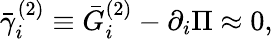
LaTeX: \bar{\gamma}_{i}^{(2)}\equiv\bar{G}_{i}^{(2)}-\partial_{i}\Pi\approx 0,